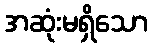
အဆုံးမရှိသော